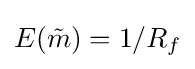
E({\tilde {m}})=1/R_{f}